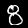
Label: 8